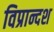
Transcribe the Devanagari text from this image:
विप्रान्दश